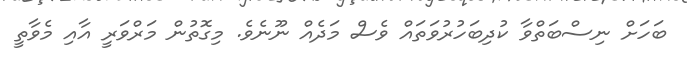
ބަހަށް ނިސްބަތްވާ ކުދިބަހުރުވަތައް ވެސް މަދެއް ނޫނެވެ. މިގޮތުން މަރްވަރީ އާއި މެވާތީ